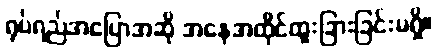
ရုပ်ရည်အပြောအဆို အနေအထိုင်ထူးခြားခြင်းမရှိ။